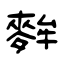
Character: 麰